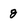
Character: 8